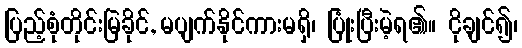
ပြည့်စုံတိုင်းမြဲခိုင်, မပျက်နိုင်ကားမရှိ၊ ပြုံးပြီးမဲ့ရ၏။ ငိုချင်၍၊